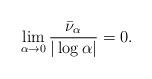
LaTeX: \begin{align*}\lim_{\alpha\to 0} \frac{{\bar\nu_\alpha}}{|\log \alpha|} = 0.\end{align*}